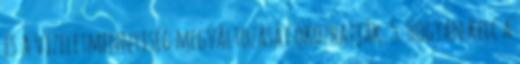
és a vizeletmennyiség megváltozását okozhatják. 5. Hogyan kell a